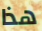
هذا